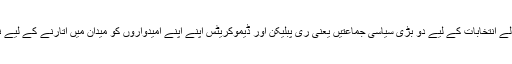
نومبر میں صدارت کے لیے ہونے والے انتخابات کے لیے دو بڑی سیاسی جماعتیں یعنی ری پبلیکن اور ڈیموکریٹس اپنے اپنے امیدواروں کو میدان میں اتارنے کے لیے نامزدگیوں کے قریب ترہو جائیں گی۔